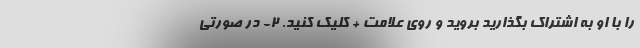
را با او به اشتراک بگذارید بروید و روی علامت + کلیک کنید. ۲- در صورتی